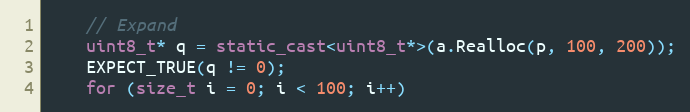
Language: C++
    // Expand
    uint8_t* q = static_cast<uint8_t*>(a.Realloc(p, 100, 200));
    EXPECT_TRUE(q != 0);
    for (size_t i = 0; i < 100; i++)